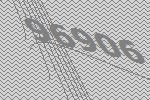
96906